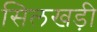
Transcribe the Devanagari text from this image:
सिलखड़ी